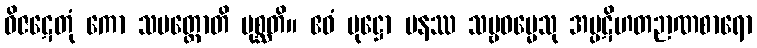
ဝိဇဋေတုံ ကော သမတ္ထောတိ ပုစ္ဆတိ။ ဧဝံ ပုဋ္ဌော ပနဿ သဗ္ဗဓမ္မေသု အပ္ပဋိဟတဉာဏစာရော